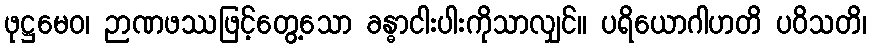
ဖုဋ္ဌမေဝ၊ ဉာဏဖဿဖြင့်တွေ့သော ခန္ဓာငါးပါးကိုသာလျှင်။ ပရိယောဂါဟတိ ပဝိသတိ၊